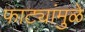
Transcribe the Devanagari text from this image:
फाट्यांमुळे